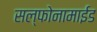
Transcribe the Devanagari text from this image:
सल्फोनामाईड